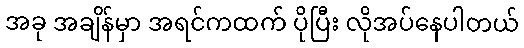
အခု အချိန်မှာ အရင်ကထက် ပိုပြီး လိုအပ်နေပါတယ်